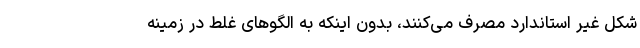
شکل غیر استاندارد مصرف می‌کنند، بدون اینکه به الگوهای غلط در زمینه